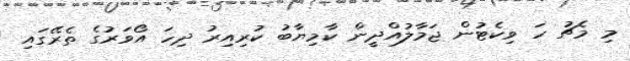
މި މެޗު ހަ ވިކެޓުން ޖަމާލުއްދީން ކާމިޔާބު ކުރިއިރު ދިހަ އޯވަރުގެ ތެރޭގައި